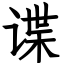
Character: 谍